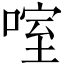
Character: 㗌